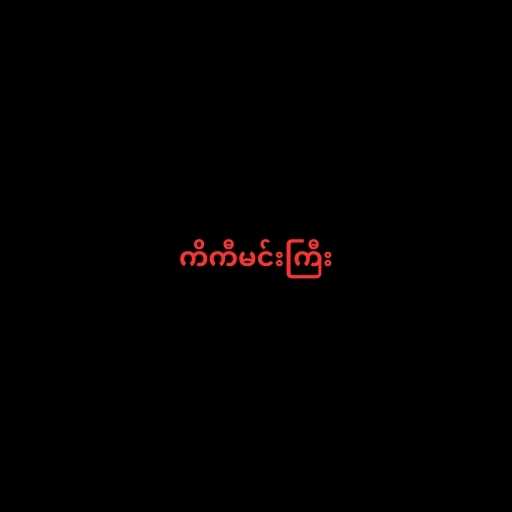
ကိကီမင်းကြီး